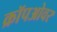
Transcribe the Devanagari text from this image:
क्रॉपओवर